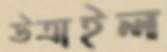
উত্রাইল